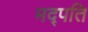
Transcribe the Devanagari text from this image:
मद्पति